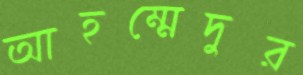
আহম্মেদুর